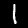
Label: 1